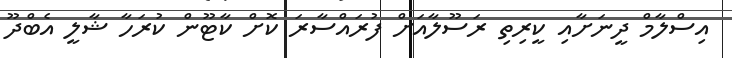
އިސްލާމް ދީނަށާއި ކީރިތި ރަސޫލާއަށް ފުރައްސާރަ ކޮށް ކާޓޫން ކުރަހާ ޝާލީ އެބްދޫ